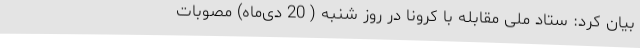
بیان کرد: ستاد ملی مقابله با کرونا در روز شنبه ( 20 دی‌ماه) مصوبات